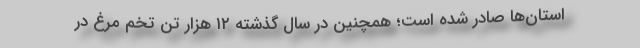
استان‌ها صادر شده است؛ همچنین در سال گذشته ۱۲ هزار تن تخم مرغ در